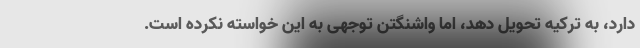
دارد، به ترکیه تحویل دهد، اما واشنگتن توجهی به این خواسته نکرده است.